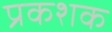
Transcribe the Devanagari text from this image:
प्रकशक